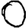
Digit: 0